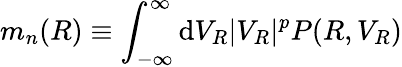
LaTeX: m_{n}(R)\equiv\int_{-\infty}^{\infty}\mathrm{d}V_{R}|V_{R}|^{p}P(R,V_{R})